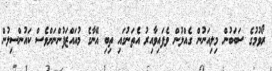
ރޯވުމުގެ ސަބަބުން މިލިއަނުން ގެއްލުން ވެފައިވާއިރު އެތަނުގައި ތިބި އޭނާގެ މުއައްޒަފުންނަށްވެސް ކައުންސިލުން